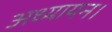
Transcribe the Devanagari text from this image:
अध्यायन।